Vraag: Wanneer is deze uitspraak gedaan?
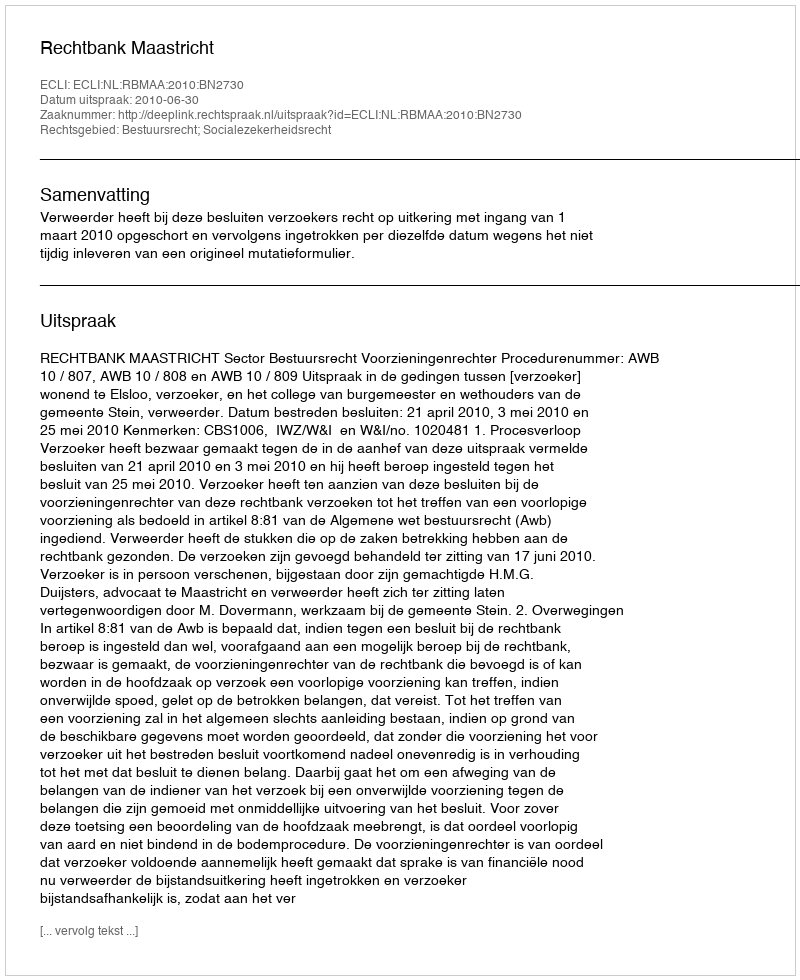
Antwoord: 2010-06-30